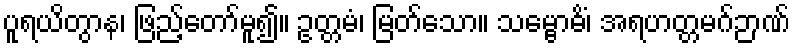
ပူရယိတွာန၊ ဖြည့်တော်မူ၍။ ဥတ္တမံ၊ မြတ်သော။ သမ္ဗောဓိံ၊ အရဟတ္တမဂ်ဉာဏ်